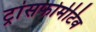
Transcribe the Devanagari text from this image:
ट्रांसफोर्मेटिव